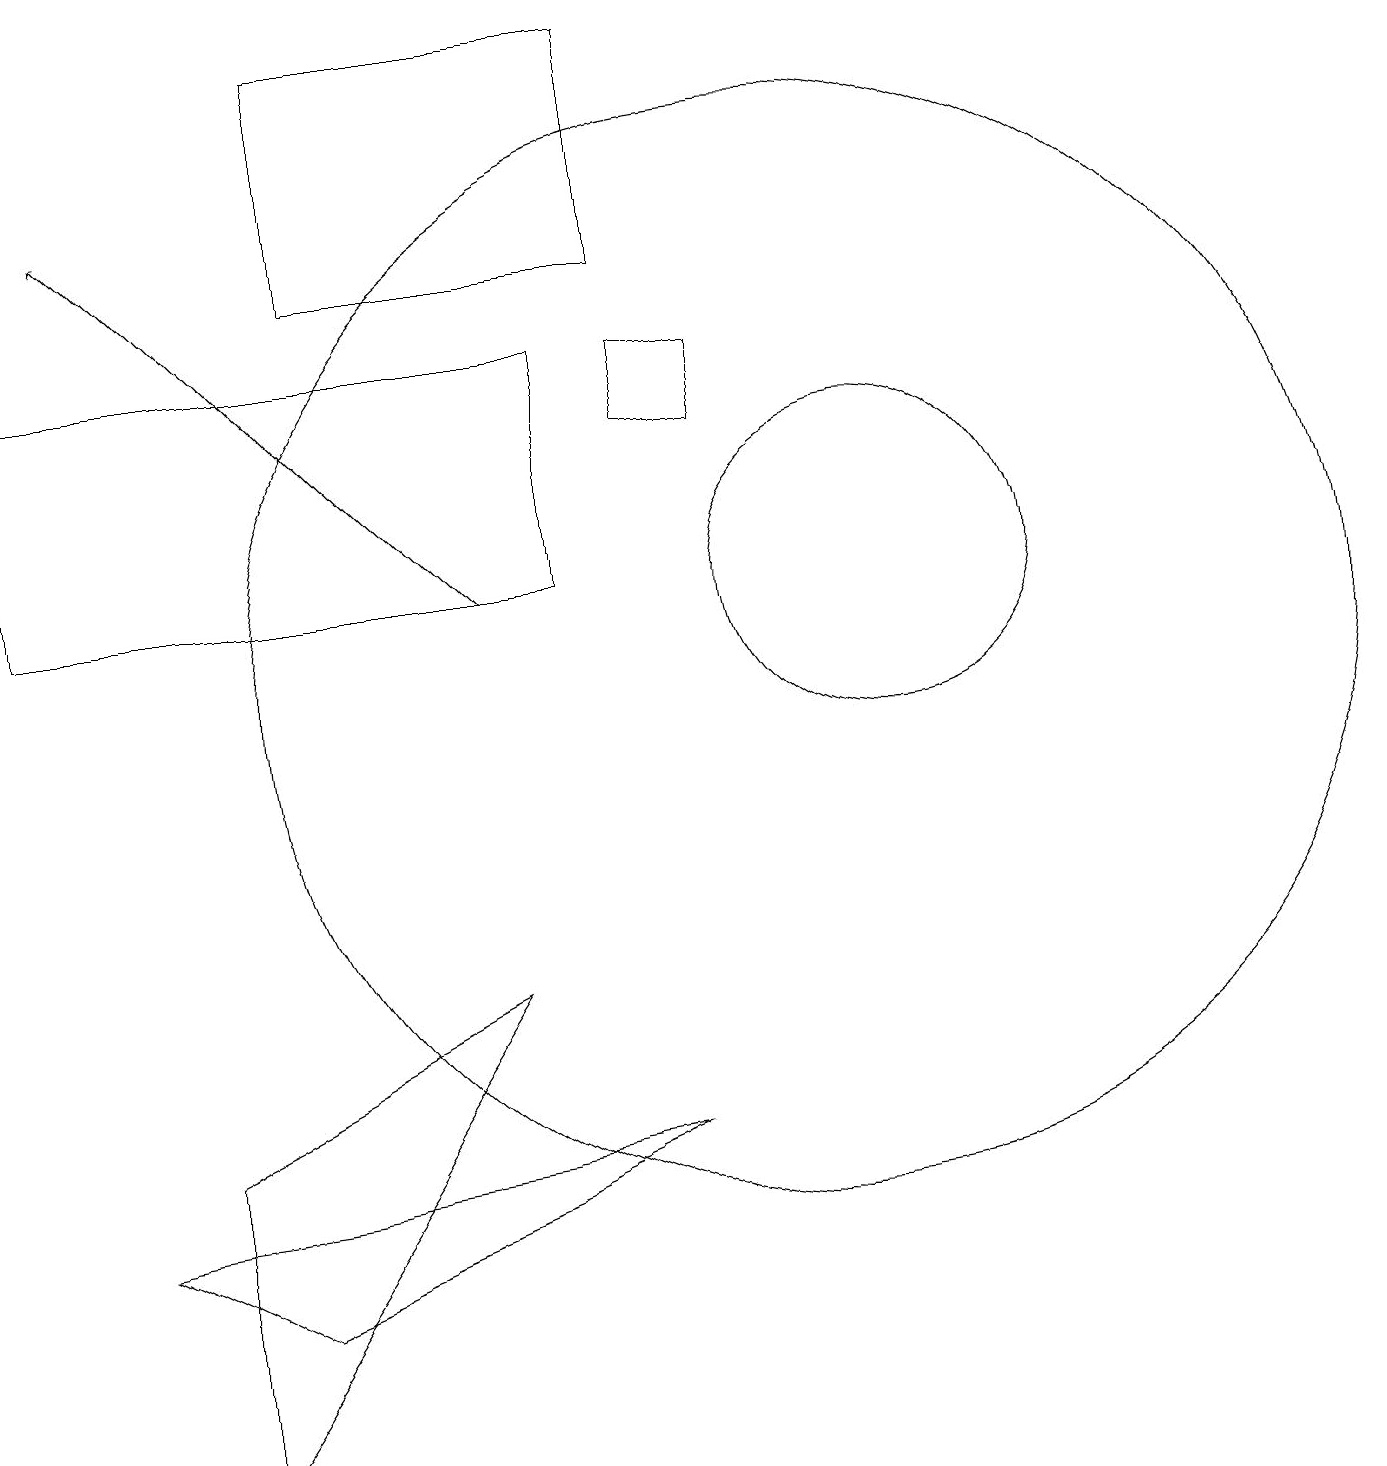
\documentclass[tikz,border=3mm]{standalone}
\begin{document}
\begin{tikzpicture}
\draw (2,5) -- (2,1) -- (6,7) -- cycle;
\draw (10,11) circle (7);
\draw (11,12) circle (2);
\draw (8,16) rectangle (4,19);
\draw[->] (6,12) -- (1,17);
\draw (8,15) rectangle (9,14);
\draw (3,3) -- (8,5) -- (1,4) -- cycle;
\draw (7,15) rectangle (0,12);
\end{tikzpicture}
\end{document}